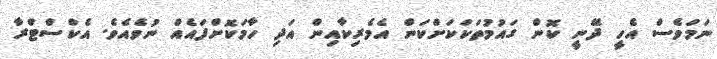
ނަމަވެސް އެހީ ދޭނީ ކޮން ގައުމުތަކަކަށްކަން އެމެރިކާއިން އަދި ހާމަކޮށްފައެއް ނުވެއެވެ. އެކްސްޓްރާ